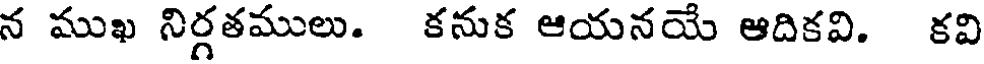
న ముఖ నిర్గతములు. కనుక ఆయనయే ఆదికవి. కవి